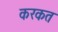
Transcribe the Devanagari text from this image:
करकत